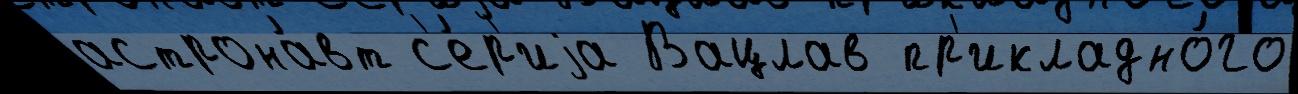
астрона́вт с'е́р'иjа Вацлав пр'икладно́го